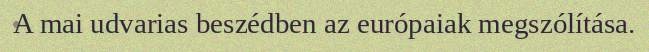
A mai udvarias beszédben az európaiak megszólítása.